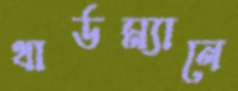
থার্ডম্যানে